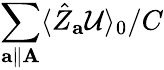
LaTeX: \sum_{\mathbf{a}\parallel\mathbf{A}}\langle\hat{Z}_{\mathbf{a}}\mathcal{U}\rangle_{0}/C